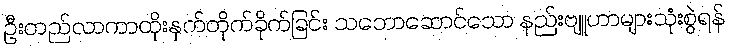
ဦးတည်လာကာထိုးနှက်တိုက်ခိုက်ခြင်း သဘောဆောင်သော နည်းဗျူဟာများသုံးစွဲရန်